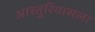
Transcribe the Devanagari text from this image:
आस्तुरियासला